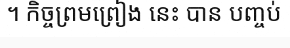
។ កិច្ចព្រមព្រៀង នេះ បាន បញ្ចប់